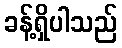
ခန့်ရှိပါသည်